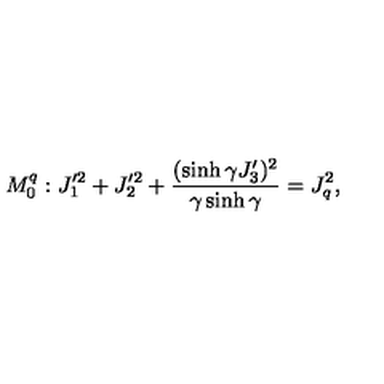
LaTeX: M _ { 0 } ^ { q } : J _ { 1 } ^ { \prime 2 } + J _ { 2 } ^ { \prime 2 } + \displaystyle \frac { ( \sinh \gamma J _ { 3 } ^ { \prime } ) ^ { 2 } } { \gamma \sinh \gamma } = J _ { q } ^ { 2 } ,